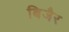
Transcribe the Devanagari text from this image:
बिजैर